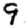
Digit: 9